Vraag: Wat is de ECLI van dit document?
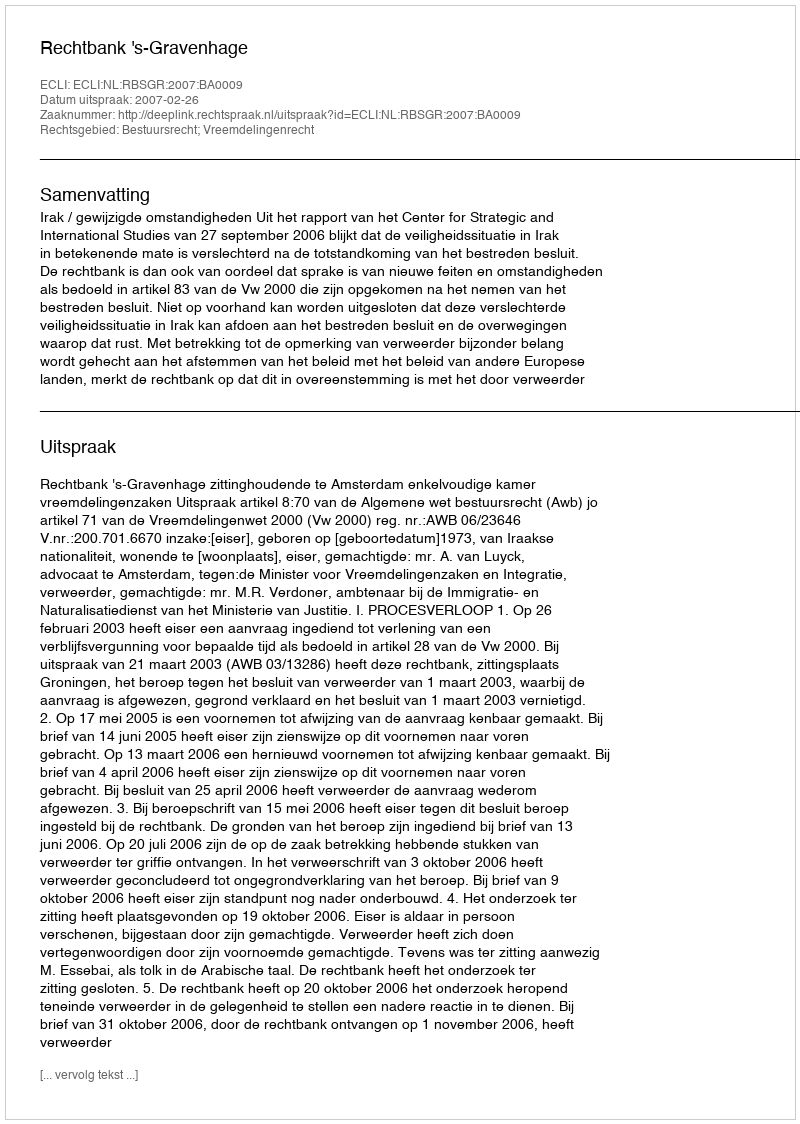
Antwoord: ECLI:NL:RBSGR:2007:BA0009